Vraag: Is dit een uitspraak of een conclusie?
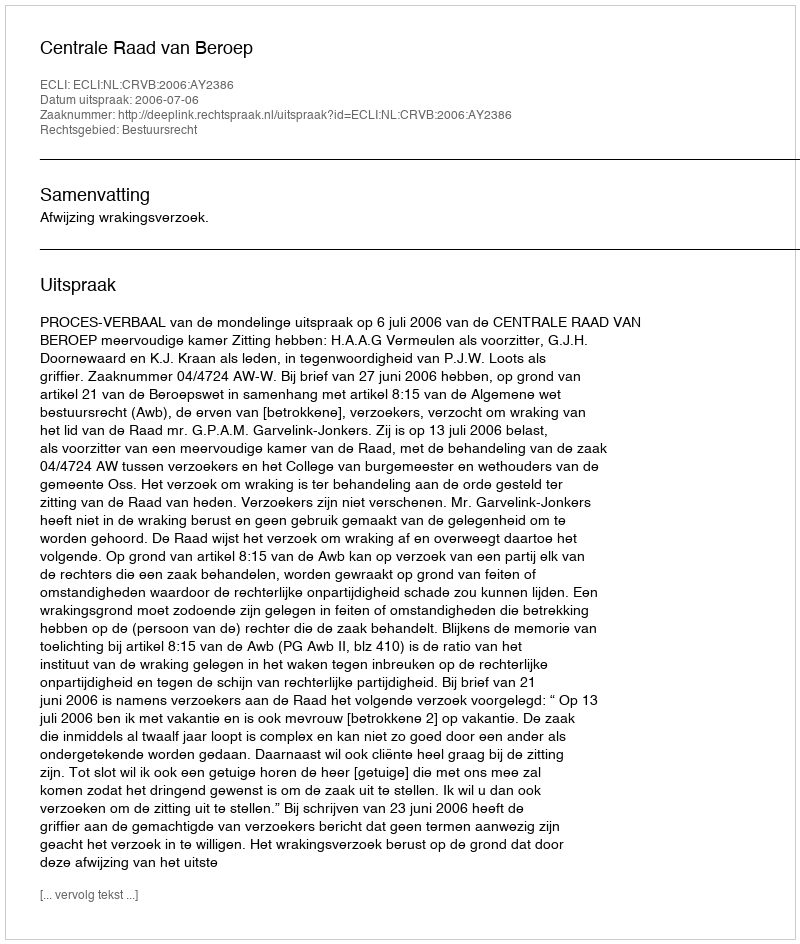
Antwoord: Uitspraak